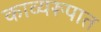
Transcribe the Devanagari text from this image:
काव्यरूपात